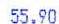
55.90